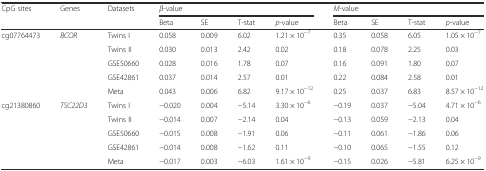
<table><thead><tr><td rowspan="2"><b>CpG sites</b></td><td rowspan="2"><b>Genes</b></td><td rowspan="2"><b>Datasets</b></td><td colspan="4"><b><i>β</i>-value</b></td><td colspan="4"><b><i>M</i>-value</b></td></tr><tr><td><b>Beta</b></td><td><b>SE</b></td><td><b>T-stat</b></td><td><b><i>p</i>-value</b></td><td><b>Beta</b></td><td><b>SE</b></td><td><b>T-stat</b></td><td><b><i>p</i>-value</b></td></tr></thead><tbody><tr><td rowspan="5">cg07764473</td><td rowspan="5"><i>BCOR</i></td><td>Twins I</td><td>0.058</td><td>0.009</td><td>6.02</td><td>1.21 × 10<sup>−7</sup></td><td>0.35</td><td>0.058</td><td>6.05</td><td>1.05 × 10<sup>−7</sup></td></tr><tr><td>Twins II</td><td>0.030</td><td>0.013</td><td>2.42</td><td>0.02</td><td>0.18</td><td>0.078</td><td>2.25</td><td>0.03</td></tr><tr><td>GSE50660</td><td>0.028</td><td>0.016</td><td>1.78</td><td>0.07</td><td>0.16</td><td>0.091</td><td>1.80</td><td>0.07</td></tr><tr><td>GSE42861</td><td>0.037</td><td>0.014</td><td>2.57</td><td>0.01</td><td>0.22</td><td>0.084</td><td>2.58</td><td>0.01</td></tr><tr><td>Meta</td><td>0.043</td><td>0.006</td><td>6.82</td><td>9.17 × 10<sup>−12</sup></td><td>0.25</td><td>0.037</td><td>6.83</td><td>8.57 × 10<sup>−12</sup></td></tr><tr><td rowspan="5">cg21380860</td><td rowspan="5"><i>TSC22D3</i></td><td>Twins I</td><td>−0.020</td><td>0.004</td><td>−5.14</td><td>3.30 × 10<sup>−6</sup></td><td>−0.19</td><td>0.037</td><td>−5.04</td><td>4.71 × 10<sup>−6</sup></td></tr><tr><td>Twins II</td><td>−0.014</td><td>0.007</td><td>−2.14</td><td>0.04</td><td>−0.13</td><td>0.059</td><td>−2.13</td><td>0.04</td></tr><tr><td>GSE50660</td><td>−0.015</td><td>0.008</td><td>−1.91</td><td>0.06</td><td>−0.11</td><td>0.061</td><td>−1.86</td><td>0.06</td></tr><tr><td>GSE42861</td><td>−0.014</td><td>0.008</td><td>−1.62</td><td>0.11</td><td>−0.10</td><td>0.065</td><td>−1.55</td><td>0.12</td></tr><tr><td>Meta</td><td>−0.017</td><td>0.003</td><td>−6.03</td><td>1.61 × 10<sup>−9</sup></td><td>−0.15</td><td>0.026</td><td>−5.81</td><td>6.25 × 10<sup>−9</sup></td></tr></tbody></table>